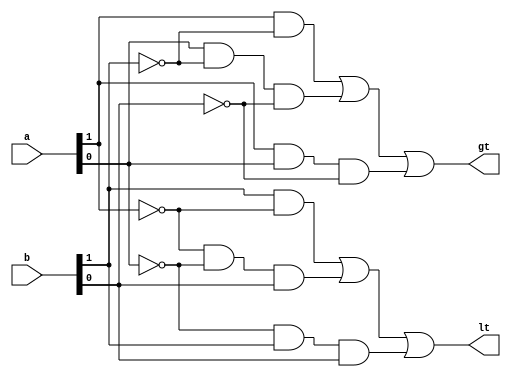



module comparator2(a, b, gt, lt);
		parameter msb = 1;
		input[msb:0] a, b;
		output gt, lt;
		
		wire a0, a1, b0, b1;
		
		assign a0 = a[0];
		assign a1 = a[1];
		assign b0 = b[0];
		assign b1 = b[1];
		
		assign gt = (a1 & ~b1) | (a0 & ~b1 & ~b0) | (a1 & a0 & ~b0);
		assign lt = (b1 & ~a1) | (~a1 & ~a0 & b0) | (~a0 & b1 & b0);
		
endmodule